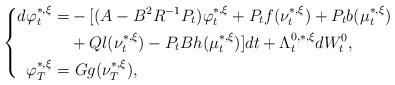
LaTeX: \begin{align*}\left\{\begin{aligned}d\varphi_t^{*,\xi}=&-[(A-B^2R^{-1}P_t)\varphi_t^{*,\xi}+P_tf(\nu_t^{*,\xi})+P_tb(\mu_t^{*,\xi})\\&+Ql(\nu_t^{*,\xi})-P_tBh(\mu_t^{*,\xi})]dt+\Lambda_t^{0,*,\xi}dW^0_t,\\\varphi_T^{*,\xi}=&~Gg(\nu_T^{*,\xi}),\end{aligned}\right.\end{align*}